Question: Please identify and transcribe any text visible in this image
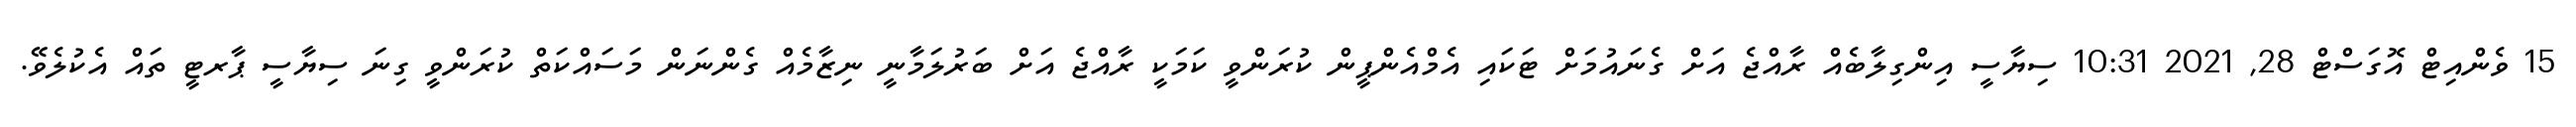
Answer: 15 ވެންއިޓް އޮގަސްޓް 28, 2021 10:31 ސިޔާސީ އިންގިލާބެއް ރާއްޖެ އަށް ގެނައުމަށް ޓަކައި އެމްއެންޕީން ކުރަންވީ ކަމަކީ ރާއްޖެ އަށް ބަރުލަމާނީ ނިޒާމެއް ގެންނަން މަސައްކަތް ކުރަންވީ ގިނަ ސިޔާސީ ޕާރޓީ ތައް އެކުލެވޭ.